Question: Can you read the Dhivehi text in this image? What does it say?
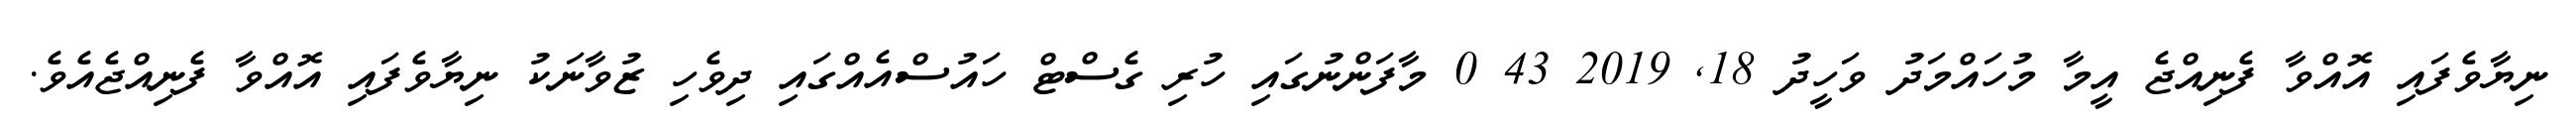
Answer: ނިޔާވެފައި އޮއްވާ ފެނިއްޖެ އީމާ މުހައްމަދު ވަހީދު 18, 2019 43 0 މާފަންނުގައި ހުރި ގެސްޓް ހައުސްއެއްގައި ދިވެހި ޒުވާނަކު ނިޔާވެފައި އޮއްވާ ފެނިއްޖެއެވެ.